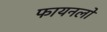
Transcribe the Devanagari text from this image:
फायनलों